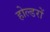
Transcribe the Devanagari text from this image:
होल्डरों